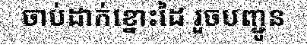
ចាប់ដាក់ខ្នោះដៃ រួចបញ្ជូន